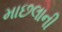
માછલાની